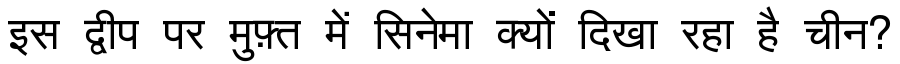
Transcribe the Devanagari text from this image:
इस द्वीप पर मुफ़्त में सिनेमा क्यों दिखा रहा है चीन?